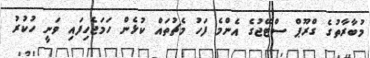
މުބާރާތުގެ ގްރޫޕް ސްޓޭޖުގެ އެންމެ ފަހު މެޗުތައް ކުޅެން ހަމަޖެހިފައި ވަނީ ހުކުރު